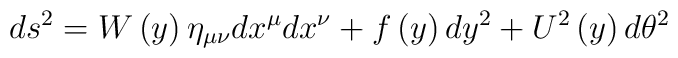
ds^2 = W\left( y \right)\eta_{\mu\nu}dx^{\mu}dx^{\nu}       + f\left( y \right) dy^2 + U^2\left( y \right) d\theta^2